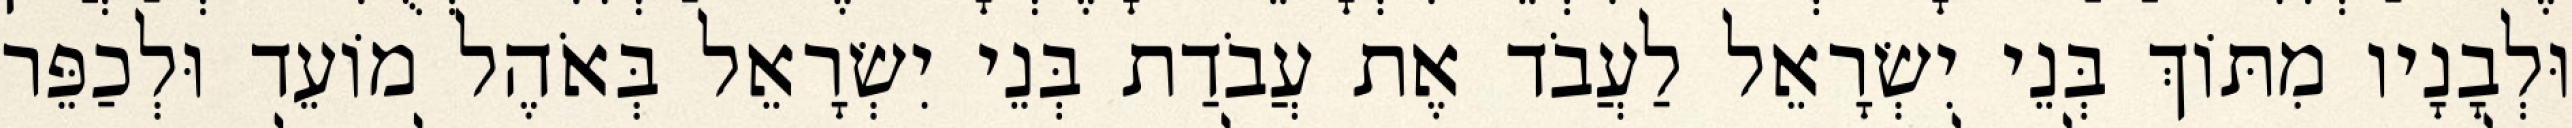
וּלְבָנָיו מִתּוֹךְ בְּנֵי יִשְׂרָאֵל לַעֲבֹד אֶת עֲבֹדַת בְּנֵי יִשְׂרָאֵל בְּאֹהֶל מוֹעֵד וּלְכַפֵּר